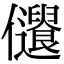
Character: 𠑞